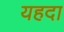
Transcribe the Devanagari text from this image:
यहदा